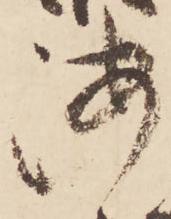
海